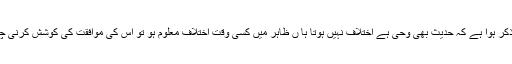
ابھی ذکر ہوا ہے کہ حدیث بھی وحی ہے اختلاف نہیں ہوتا ہا ں ظاہر میں کسی وقت اختلاف معلوم ہو تو اس کی موافقت کی کوشش کرنی چاہیے۔